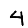
Digit: 4